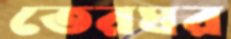
তেরঘর